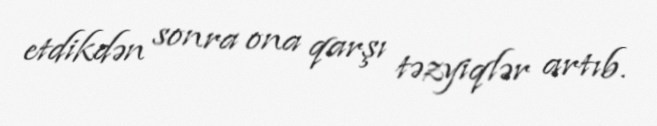
etdikdən sonra ona qarşı təzyiqlər artıb.